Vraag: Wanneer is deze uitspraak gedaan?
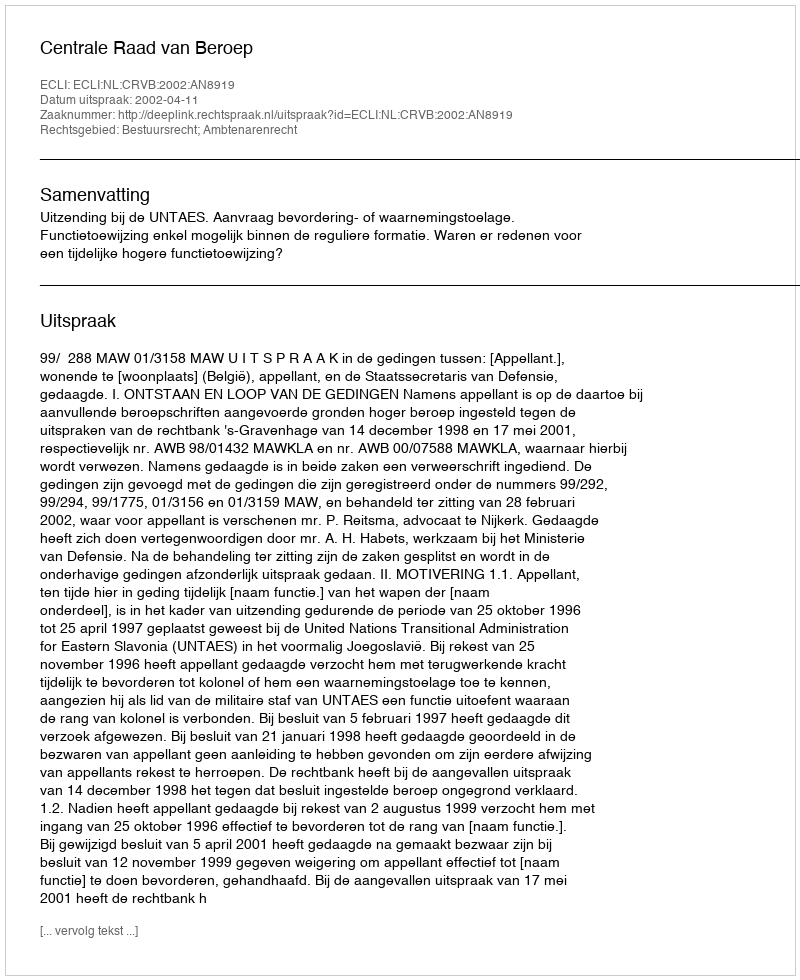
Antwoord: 2002-04-11